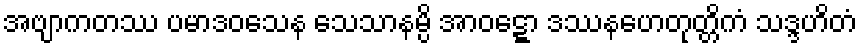
အဗျာကတဿ ပမာဒဝသေန သေသာနမ္ပိ အာဝဋ္ဋော ဒဿနဟေတုတ္တိကံ သဒ္ဒဟိတံ